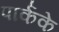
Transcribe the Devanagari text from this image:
पार्कके